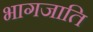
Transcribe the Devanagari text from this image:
भागजाति